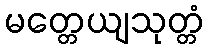
မတ္တေယျသုတ္တံ